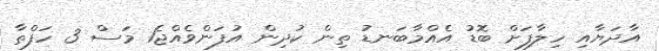
އާދަޔާއި ހިލާފަށް ބޮޑު އެއްމާބަނޑު ތިން ކުދިން އުފަންވެއްޖެ1 މަސް 3 ހަފްތާ